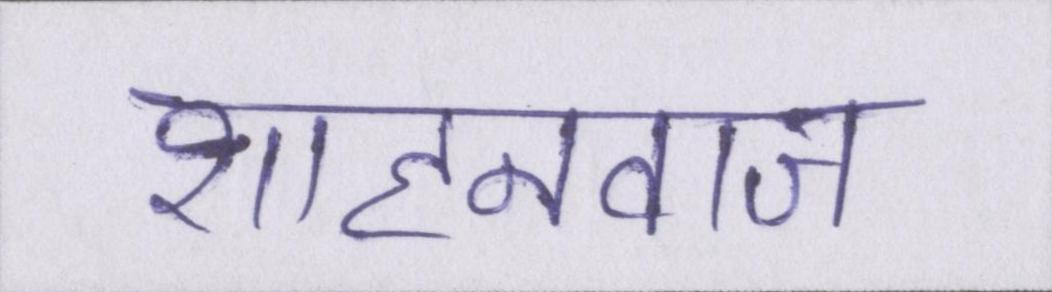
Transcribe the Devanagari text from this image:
शाहनवाज